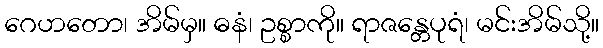
ဂေဟတော၊ အိမ်မှ။ ဓနံ၊ ဥစ္စာကို။ ရာဇန္တေပုရံ၊ မင်းအိမ်သို့။